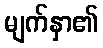
မျက်နှာ၏